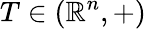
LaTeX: T\in(\mathbb{R}^{n},+)